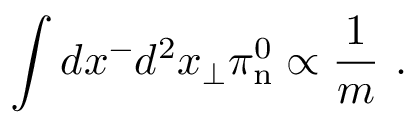
\int d x ^ { - } d ^ { 2 } x _ { \perp } \pi _ { \mathrm { n } } ^ { 0 } \propto \frac { 1 } { m } \ .